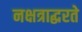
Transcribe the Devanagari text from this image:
नक्षत्राद्धरते